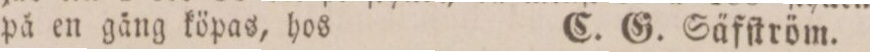
på en gång köpas, hos    C. G. Säfſtröm.